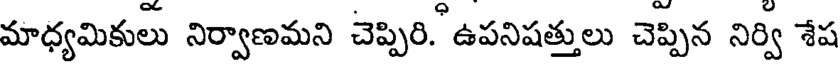
మాధ్యమికులు నిర్వాణమని చెప్పిరి. ఉపనిషత్తులు చెప్పిన నిర్వి శేష